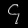
Digit: ၄